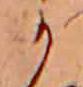
か